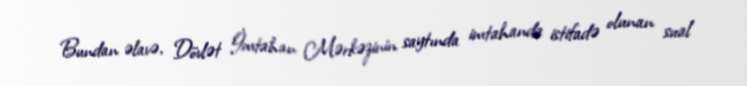
Bundan əlavə, Dövlət İmtahan Mərkəzinin saytında imtahanda istifadə olunan sual